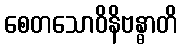
စေတသောဝိနိဗန္ဓာတိ